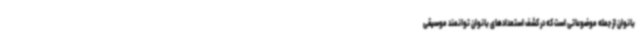
بانوان از جمله موضوعاتی است که در کشف استعدادهای بانوان توانمند موسیقی